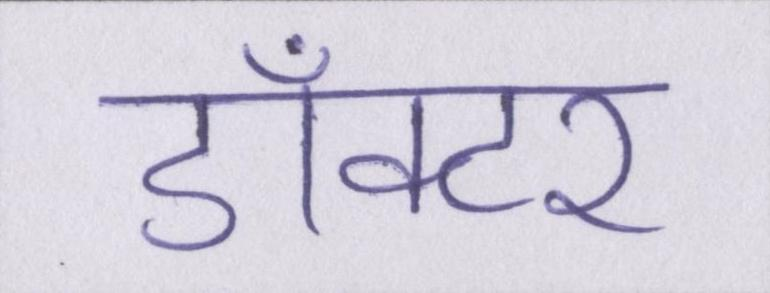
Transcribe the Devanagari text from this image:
डाँक्टर